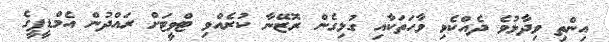
އިންތި ވިދާޅުވެ ދެއްކެވި ވާހަތަކާއި ގުޅިގެން ރޮޒޭނާ ކުރެއްވި ޓްވީޓަށް ރައްދުން އެމްޑީޕީގެ